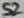
Text: S2